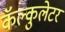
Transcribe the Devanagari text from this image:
कॅल्कुलेटर